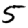
Digit: 5